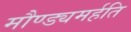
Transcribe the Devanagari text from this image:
मौण्ड्यमर्हति